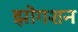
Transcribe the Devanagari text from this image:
झोंगशन